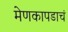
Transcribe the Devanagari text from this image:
मेणकापडाचं